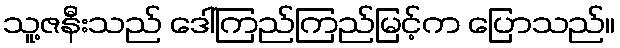
သူ့ဇနီးသည် ဒေါ်ကြည်ကြည်မြင့်က ပြောသည်။